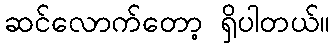
ဆင်လောက်တော့ ရှိပါတယ်။